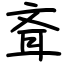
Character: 斊